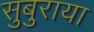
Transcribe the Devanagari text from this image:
सुबुराया